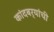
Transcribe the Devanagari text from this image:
कांदबर्‍यांची